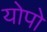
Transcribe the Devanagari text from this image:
योपो